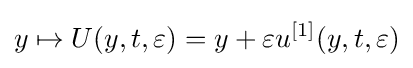
y\mapsto U(y,t,\varepsilon )=y+\varepsilon u^{[1]}(y,t,\varepsilon )